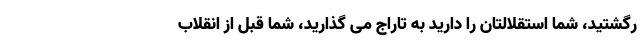
رگشتید، شما استقلالتان را دارید به تاراج می گذارید، شما قبل از انقلاب